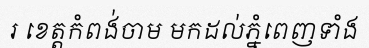
រ ខេត្តកំពង់ចាម មកដល់ភ្នំពេញទាំង